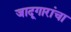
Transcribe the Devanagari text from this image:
जादूगारांचा